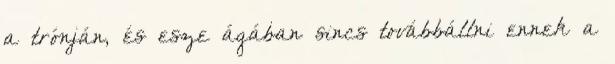
a trónján, és esze ágában sincs továbbállni ennek a